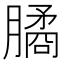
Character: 𦠈